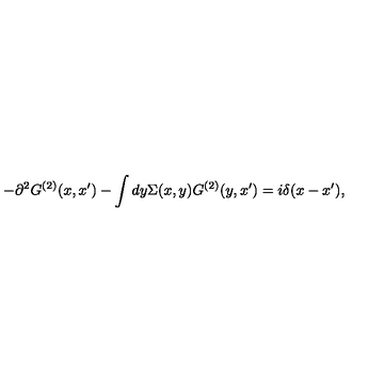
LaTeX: - \partial ^ { 2 } G ^ { ( 2 ) } ( x , x ^ { \prime } ) - \int d y \Sigma ( x , y ) G ^ { ( 2 ) } ( y , x ^ { \prime } ) = i \delta ( x - x ^ { \prime } ) ,